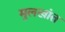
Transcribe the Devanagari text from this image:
मुलखांत